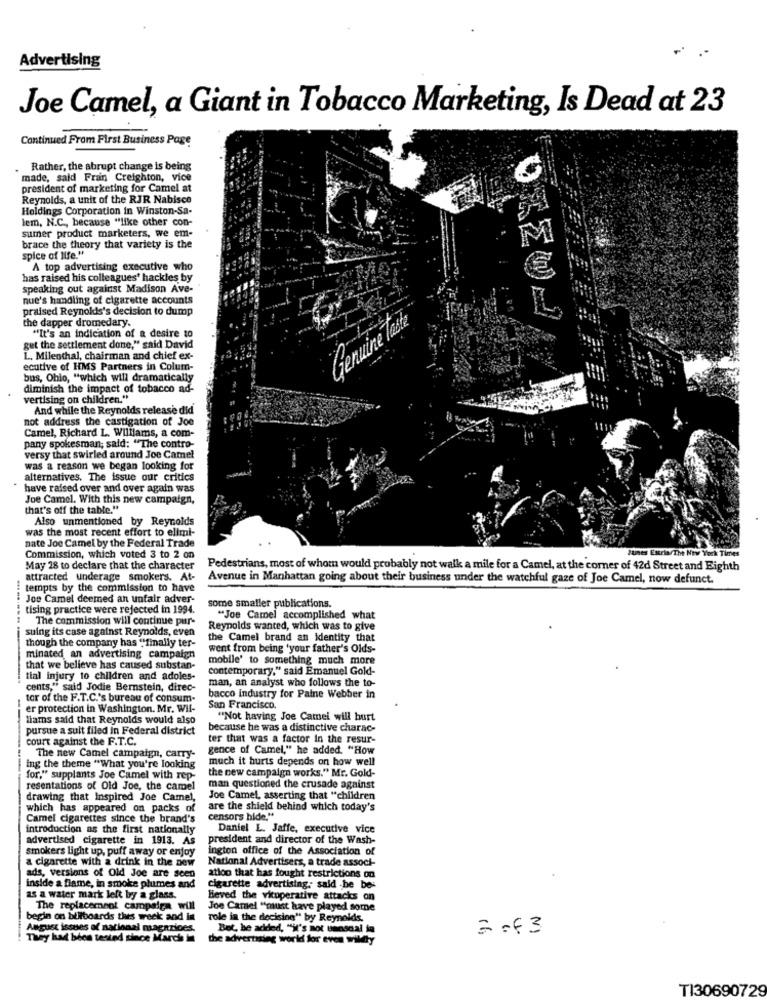
Advertising
Joe Camel, a Giant in Tobacco Marketing, Is Dead at 23
Continued From First Business Page
Rather, the abrupt change is being
made, said Fran Creighton, vice
president of marketing for Camel at
Reynolds, a unit of the RJR Nabisce
Holdings Corporation in Winston-Sa-
lem, N.C ., because "like other con-
sumer product marketers, we em-
M
brace the theory that variety is the
spice of life."
A top advertising executive who
has raised his colleagues' hackles by
speaking out against Madison Ave-
nue's handling of cigarette accounts
praised Reynolds's decision to dump
the dapper dromedary.
Genre taste
"It's an indication of a desire to
get the settlement done," said David
L. Milenthal, chairman and chief ex-
ecutive of HMS Partners in Colum-
bus, Ohio, "which will dramatically
diminish the impact of tobacco ad-
vertising on children."
And while the Reynolds release did
not address the castigation of Joe
Camel, Richard L. Williams, a com-
pany spokesman; said: "The contro-
versy that swirled around Joe Camel
was a reason we began looking for
alternatives. The issue our critics
have raised over and over again was
Joe Camel. With this new campaign,
that's off the table."
Also unmentioned by Reynolds
was the most recent effort to elimi-
nate Joe Camel by the Federal Trade
lunes Estria/The New York Times
Commission, which voted 3 to 2 on
May 18 to declare that the character
Pedestrians, most of whom would probably not walk a mile for a Camel, at the corner of 42d Street and Eighth
attracted underage smokers. At-
Avenue in Manhattan going about their business under the watchful gaze of Joe Camel, now defunct.
tempts by the commission to have
Joe Camel deemed an unfair adver-
tising practice were rejected in 1994.
some smaller publications.
The commission will continue pur-
"Joe Camel accomplished what
-...
suing its case against Reynolds, even
Reynolds wanted, which was to give
the Camel brand an identity that
though the company has ""finally ter-
went from being 'your father's Olds-
minated an advertising campaign
mobile' to something much more
that we believe has caused substan-
contemporary," said Emanuel Gold-
tial injury to children and adoles-
man, an analyst who follows the to-
cents," said Jodie Bernstein, direc-
tor of the F.T.C.'s bureau of consum-
bacco industry for Paine Webber in
er protection in Washington. Mr. Wil-
San Francisco.
--
liams said that Reynolds would also
"Not having Joe Camei will burt
pursue a suit filed in Federal district
because he was a distinctive charac-
court against the F.T.C.
ter that was a factor In the resur-
gence of Camel," he added. "How
The new Camel campaign, carry-
much it hurts depends on how well
ing the theme "What you're looking
the new campaign works." Mr. Gold-
for," supplants Joe Camel with rep-
resentations of Old Joe, the camel
man questioned the crusade against
drawing that Inspired Joe Camel,
Joe Camel, asserting that "children
which has appeared on packs of
are the shield behind which today's
Camel cigarettes since the brand's
censors hide."
introduction as the first nationally
Daniel L. Jaffe, executive vice
advertised cigarette in 1913. As
president and director of the Wash-
smokers light up, puff away or enjoy
ington office of the Association of
a cigarette with a drink in the new
National Advertisers, a trade associ-
ads, versions of Old Joe are seen
atloo that has fought restrictions on
inside a flame, in smoke plumes and
cigarette advertising; said he bes
is a water mark left by a glass.
leved the vicoperative attacks on
The replacement campaign will
Joe Camel "must have played some
begin on billboards thes week and in
role in the decision" by Reynolds.
August issues of national nagarices.
Bet, be added, "it's not unnsnal in
== f3
They had been tested since March
the advertising world for even willty
TI30690729